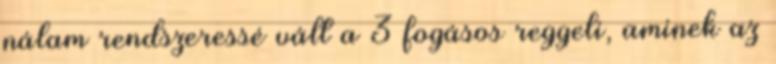
nálam rendszeressé vált a 3 fogásos reggeli, aminek az